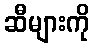
ဆီများကို